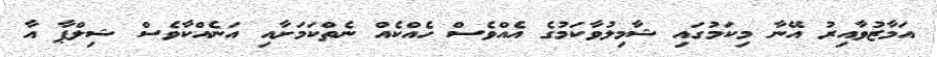
އަމާޒުވާއިރު އޭނާ މިކަމުގައި ޝާމިލުވާކަމުގެ އެއްވެސް ހެއްކެއް ނެތްކަމަށާއި އަނެއްކާވެސް ޝިލްޕާ އާ